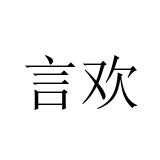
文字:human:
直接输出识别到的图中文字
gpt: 言欢